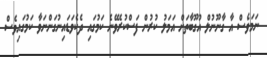
ނަމަވެސް އާ ގާނޫނުލް އުގޫބާތަށް އަމަލު ކުރުން ފަސްކުރެވޭނެ ކަމުގައި ދެކެވަޑައިނުގަންނަވާ ކަމުގައިވެސް